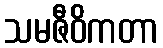
သမဇီဝိကတာ